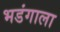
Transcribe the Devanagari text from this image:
भडंगाला